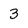
Character: 3